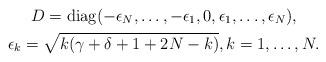
LaTeX: \begin{gather*}D= \operatorname{diag} (-\epsilon_N,\ldots,-\epsilon_1,0,\epsilon_1,\ldots,\epsilon_{N}), \\ \epsilon_{k}=\sqrt{k(\gamma+\delta+1+2N-k)},k=1,\ldots,N.\end{gather*}